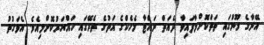
އޭނާގެ މޫނުގައި ތަތްކޮށްލާފައިވާ ދެއަތް ނައްޓާ މެހެކްގެ އަތުގެ ތެރޭގައި ހައްޔަރުކޮށްލިއެވެ. އެވަގުތު